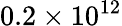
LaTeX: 0.2\times 10^{12}